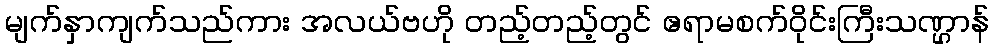
မျက်နှာကျက်သည်ကား အလယ်ဗဟို တည့်တည့်တွင် ဧရာမစက်ဝိုင်းကြီးသဏ္ဌာန်